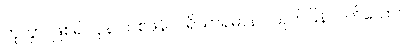
ဟုတွာ၊ ဖြစ်၍။ ပုန၊ တစ်ဖန်။ ပရိယာရမာနာ၊ ယုတ်ပြန်လတ်သော်။